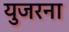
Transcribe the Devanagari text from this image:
युजरना